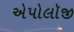
એપોલૉજી